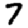
Digit: 7